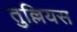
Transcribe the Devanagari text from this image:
तुल्लियस